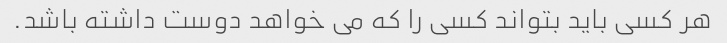
هر کسی باید بتواند کسی را که می خواهد دوست داشته باشد.